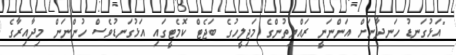
"އަޅުގަނޑު ހަނދާނަށް އަންނަނީ ރައްޔިތުންގެ މަޖިލީހުގެ ބަޖެޓް ކޮމެޓީގައި އަޅުގަނޑުވެސް ހުންނަން މިދާއިރާގެ